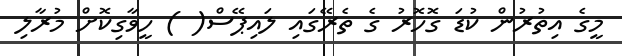
މީގެ އިތުރުން ކުޑަ ގޮހޮރު ގެ ތެރޭގައި ލައިޕޭސް( ) ހީވާގިކޮށް މުރާލި